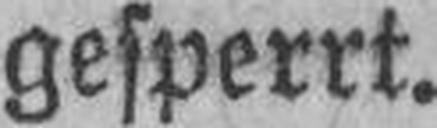
gesperrt.